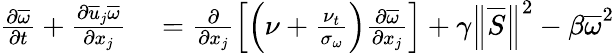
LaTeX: \begin{array}{rl}{\frac{\partial\overline{{\omega}}}{\partial t}+\frac{\partial\overline{{u}}_{j}\overline{{\omega}}}{\partial x_{j}}}&{{}=\frac{\partial}{\partial x_{j}}\left[\left(\nu+\frac{\nu_{t}}{\sigma_{\omega}}\right)\frac{\partial\overline{{\omega}}}{\partial x_{j}}\right]+\gamma\left\Vert\overline{{S}}\right\Vert^{2}-\beta\overline{{\omega}}^{2}}\end{array}